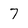
Character: 7